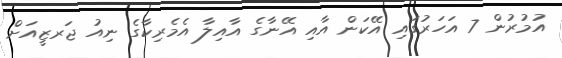
އުމުރުން 7 އަހަރުގައި އޭކަން އާއި އޭނާގެ އާއިލާ އެމެރިކާގެ ނިއު ޖަރޒީއަށް